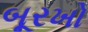
બૂરખો